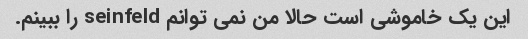
این یک خاموشی است حالا من نمی توانم seinfeld را ببینم.